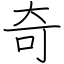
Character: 奇